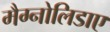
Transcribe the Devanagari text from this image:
मैग्नोलिडाए